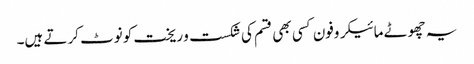
یہ چھوٹے مائیکروفون کسی بھی قسم کی شکست و ریخت کو نوٹ کرتے ہیں۔